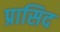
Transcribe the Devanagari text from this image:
प्रासिद